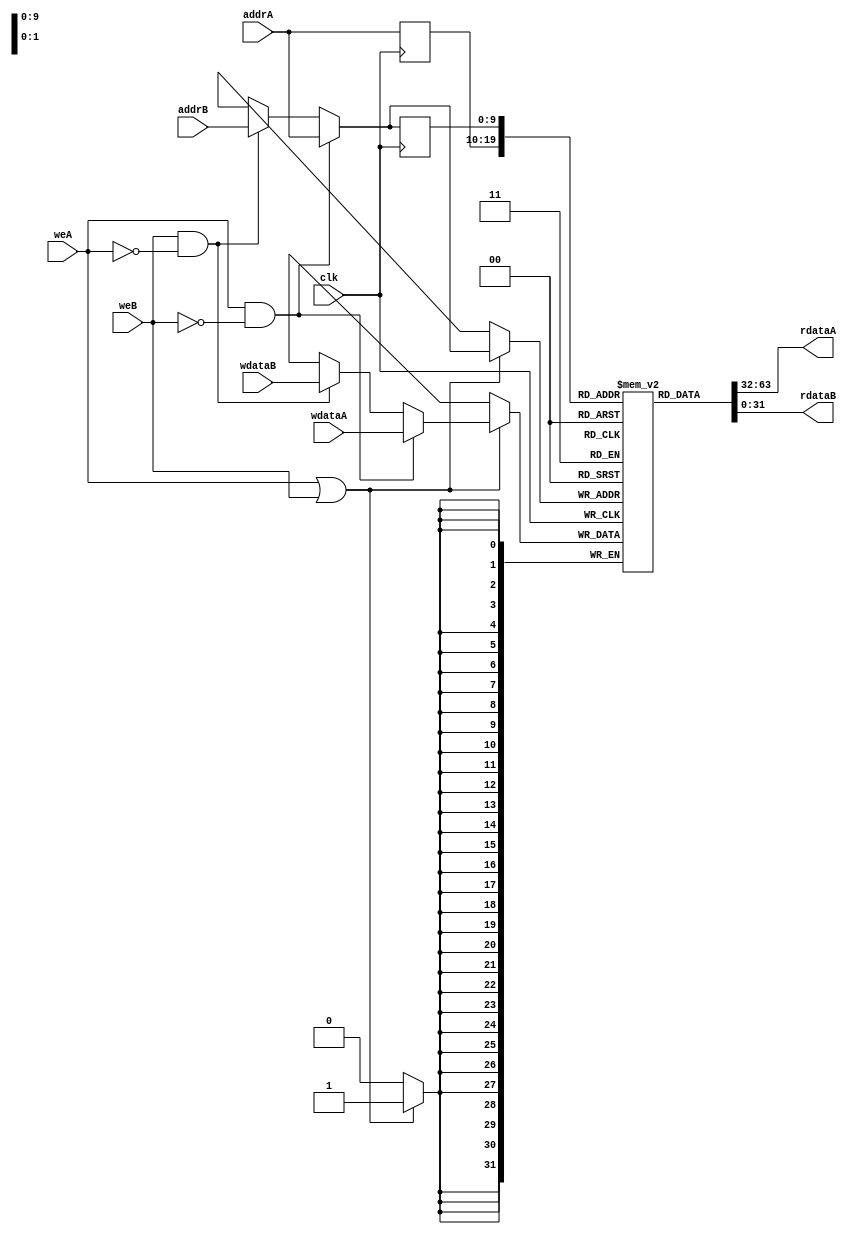
// -*- mode: Verilog; -*-

/*
Copyright (C) 2011 by Christopher Terman

Permission is hereby granted, free of charge, to any person obtaining a copy
of this software and associated documentation files (the "Software"), to deal
in the Software without restriction, including without limitation the rights
to use, copy, modify, merge, publish, distribute, sublicense, and/or sell
copies of the Software, and to permit persons to whom the Software is
furnished to do so, subject to the following conditions:

The above copyright notice and this permission notice shall be included in
all copies or substantial portions of the Software.

THE SOFTWARE IS PROVIDED "AS IS", WITHOUT WARRANTY OF ANY KIND, EXPRESS OR
IMPLIED, INCLUDING BUT NOT LIMITED TO THE WARRANTIES OF MERCHANTABILITY,
FITNESS FOR A PARTICULAR PURPOSE AND NONINFRINGEMENT. IN NO EVENT SHALL THE
AUTHORS OR COPYRIGHT HOLDERS BE LIABLE FOR ANY CLAIM, DAMAGES OR OTHER
LIABILITY, WHETHER IN AN ACTION OF CONTRACT, TORT OR OTHERWISE, ARISING FROM,
OUT OF OR IN CONNECTION WITH THE SOFTWARE OR THE USE OR OTHER DEALINGS IN
THE SOFTWARE.
*/

////////////////////////////////////////////////////////////////////////////////
//
//	2-port synchronous block ram as supported by Virtex 5 
//
////////////////////////////////////////////////////////////////////////////////


// Xilinx tools will infer a 2-port BRAM if one port is R/W and the other is R-only.
// Note that they won't infer correctly if both ports are R/W... bummer...
// KLUDGE: combine the two write ports assuming they aren't both active at once.
module bram #(parameter
  WIDTH=32,	// width of each entry in FIFO
  NADDR=10      // 2**NADDR entries
) (
  input clk,
  input [NADDR-1:0] addrA,
  input weA,
  input [WIDTH-1:0] wdataA,
  output [WIDTH-1:0] rdataA,
  input [NADDR-1:0] addrB,
  input weB,
  input [WIDTH-1:0] wdataB,
  output [WIDTH-1:0] rdataB
);

  localparam SIZE = (1 << NADDR);

  (* ram_style = "block" *)
  reg [WIDTH-1:0] mem[SIZE-1:0];

  // kludge: combine write ports in such a way if both WEs are active
  // the write should fail in simulation.  Also should optimize correctly
  // if weB is tied to 0.
  wire we = weA || weB;
  wire [NADDR-1:0] waddr = (weA & !weB) ? addrA : ((weB & !weA) ? addrB : 32'hXXXXXXXX);
  wire [WIDTH-1:0] wdata = (weA & !weB) ? wdataA : ((weB & !weA) ? wdataB : 32'hXXXXXXXX);

  // some debugging support
  always @(*)
    if (weA && weB) $display("***** both WEs active in module bram");

  reg [NADDR-1:0] saved_addrA,saved_addrB;
  always @(posedge clk) begin
    saved_addrA <= addrA;
    saved_addrB <= waddr; //addrB;
    if (we) mem[waddr] <= wdata;
    //if (weA) mem[addrA] <= wdataA;
    // if you comment out the following line, XST will infer the correct BRAM;
    // if you leave it in, the inference fails
    //if (weB) mem[addrB] <= wdataB;
  end

  assign rdataA = mem[saved_addrA];
  assign rdataB = mem[saved_addrB];
endmodule